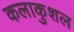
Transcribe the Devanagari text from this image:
कलाकुशल